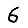
Digit: 6